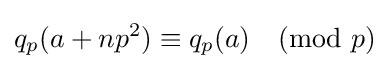
q_{p}(a+np^{2})\equiv q_{p}(a){\pmod {p}}